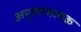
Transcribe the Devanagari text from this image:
अनुमानात्मक